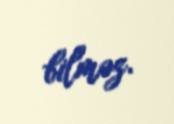
bilməz.